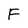
Character: F